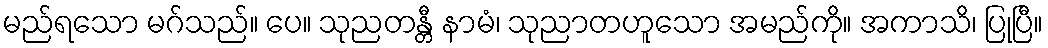
မည်ရသော မဂ်သည်။ ပေ။ သုညတန္တီ နာမံ၊ သုညာတဟူသော အမည်ကို။ အကာသိ၊ ပြုပြီ။